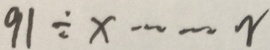
9 1 \div x \cdots r